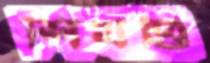
শিখণ্ডি